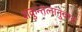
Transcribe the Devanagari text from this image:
शकुन्तलानुवाद